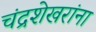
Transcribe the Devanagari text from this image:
चंद्रशेखरांना